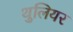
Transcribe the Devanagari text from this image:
थुलियर